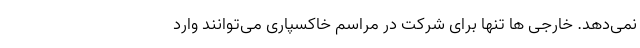
نمی‌دهد. خارجی ها تنها برای شرکت در مراسم خاکسپاری می‌توانند وارد